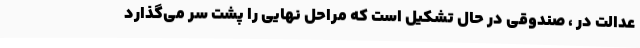
عدالت در ، صندوقی در حال تشکیل است که مراحل نهایی را پشت سر می‌گذارد